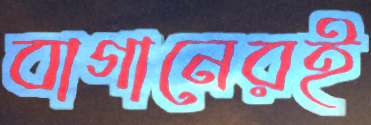
বাগানেরই